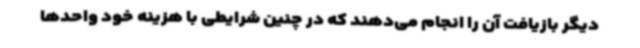
دیگر بازیافت آن را انجام می‌دهند که در چنین شرایطی با هزینه خود واحدها